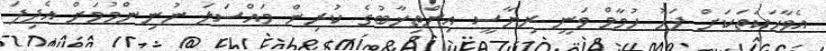
އެވާހަކަތަކަށް ފަހު ހުމާމް ވަނީ ރިޔާސީ އިންތިޚާބުގެ ކުރިން މައްސަލަ ނުނިންމުމަށް އެދިފަ